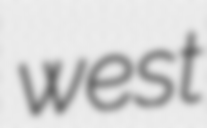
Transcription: west